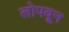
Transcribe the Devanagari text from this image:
लोपवून